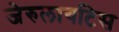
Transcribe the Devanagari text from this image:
जेरुलायटिस